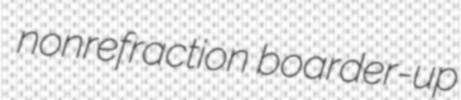
nonrefraction boarder-up